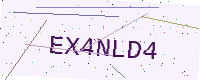
Text: EX4NLD4